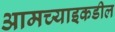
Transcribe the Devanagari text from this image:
आमच्याइकडील